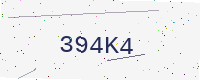
Text: 394K4